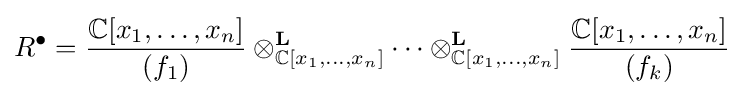
R^{\bullet }={\frac {\mathbb {C} [x_{1},\ldots ,x_{n}]}{(f_{1})}}\otimes _{\mathbb {C} [x_{1},\ldots ,x_{n}]}^{\mathbf {L} }\cdots \otimes _{\mathbb {C} [x_{1},\ldots ,x_{n}]}^{\mathbf {L} }{\frac {\mathbb {C} [x_{1},\ldots ,x_{n}]}{(f_{k})}}